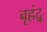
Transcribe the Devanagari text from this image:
बृहंद्